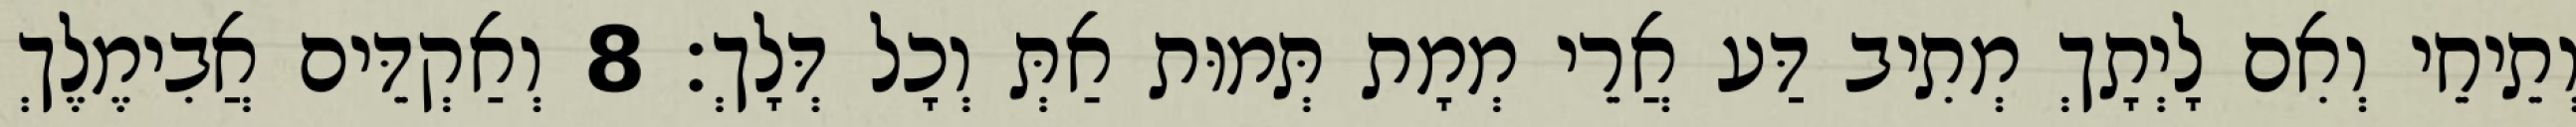
וְתֵיחֵי וְאִם לָיְתָךְ מְתִיב דַּע אֲרֵי מְמָת תְּמוּת אַתְּ וְכָל דְּלָךְ׃ 8 וְאַקְדֵּים אֲבִימֶלֶךְ